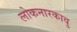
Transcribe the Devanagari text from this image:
लोकनारकावु